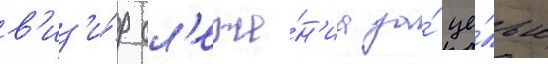
в'из'и́р сл'еже́н'иа за́ це́лью